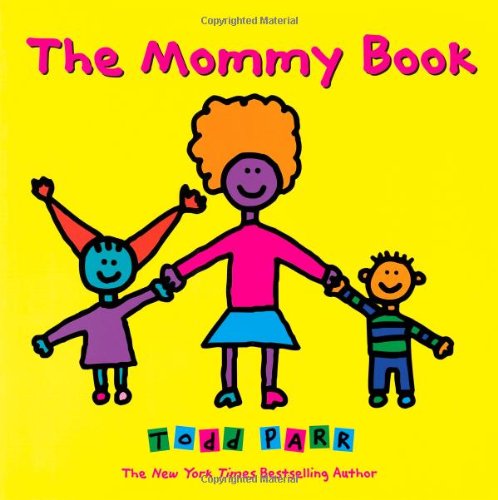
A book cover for The Mommy Book; Todd Parr; Children's Books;